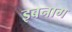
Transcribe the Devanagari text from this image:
इबनाग